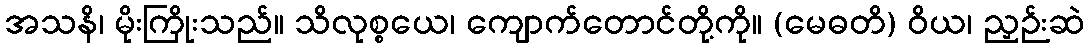
အသနိ၊ မိုးကြိုးသည်။ သိလုစ္စယေ၊ ကျောက်တောင်တို့ကို။ (မေဓတိ) ဝိယ၊ ညှဉ်းဆဲ